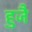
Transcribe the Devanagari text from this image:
हुजै